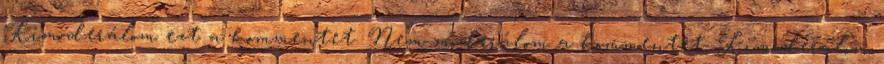
Kimoderálom ezt a kommentet. Nem moderálom a kommentet. Kimoderálom